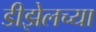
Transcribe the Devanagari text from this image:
डीझेलच्या